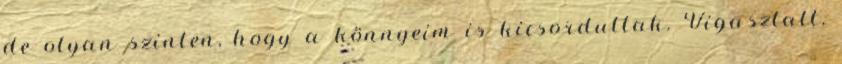
de olyan szinten, hogy a könnyeim is kicsordultak. Vigasztalt,